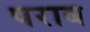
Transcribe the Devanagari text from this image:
षराब